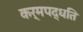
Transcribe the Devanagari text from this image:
कर्मपद्धति